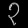
Digit: ၃